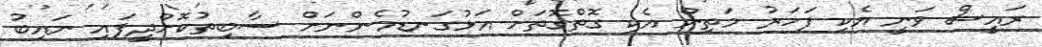
ރައީސް ވަނީ އެކި ފަހަަރު މަތިން އެކި ގޮތްގޮތަށް އަޅުގަނޑުމެންނަށް ސާބިތުކޮށްދީފައި ނައިބު